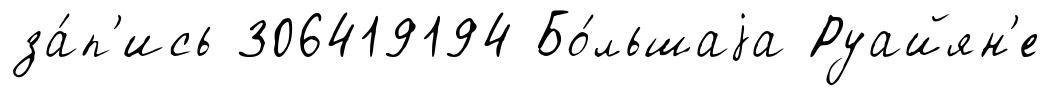
за́п'ись 306419194 Бо́льшаjа Руайян'е